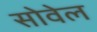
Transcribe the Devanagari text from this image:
सोवेल